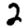
Digit: 2